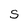
Character: S